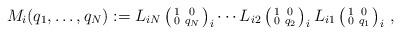
LaTeX: \begin{align*}M_{i}(q_{1},\ldots ,q_{N}):=L_{iN}\left( \begin{smallmatrix}1 & 0 \\ 0 & q_{N}\end{smallmatrix}\right) _{i}\cdots L_{i2}\left( \begin{smallmatrix}1 & 0 \\ 0 & q_{2}\end{smallmatrix}\right) _{i}L_{i1}\left( \begin{smallmatrix}1 & 0 \\ 0 & q_{1}\end{smallmatrix}\right) _{i}\, , \end{align*}